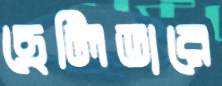
ছেলিডারে